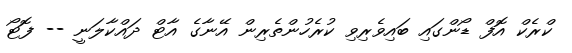
ކްރެކް އޮފް ޑޯންގައި ބައިވެރިވި ކުރެހުންތެރިން އޭނާގެ އާޓް ދައްކާލަނީ -- ފޮޓޯ